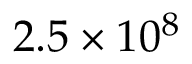
2 . 5 \times 1 0 ^ { 8 }